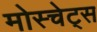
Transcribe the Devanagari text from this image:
मोस्चेट्स